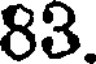
83.